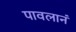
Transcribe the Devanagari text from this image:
पावलानं